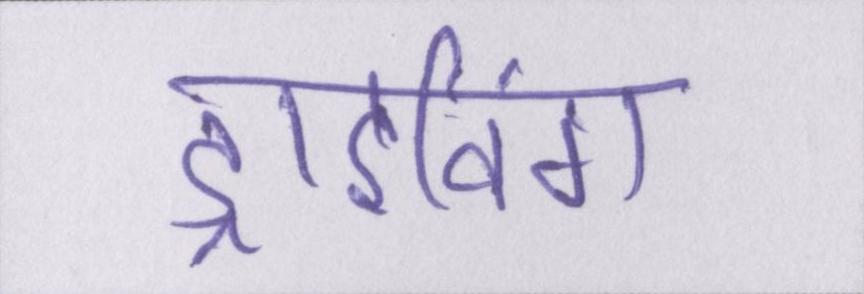
ड्राइविंग